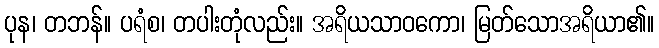
ပုန၊ တဘန်။ ပရံစ၊ တပါးတုံလည်း။ အရိယသာဝကော၊ မြတ်သောအရိယာ၏။